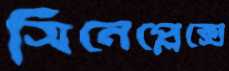
সিনেপ্লেক্সে